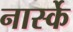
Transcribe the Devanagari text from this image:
नार्स्के